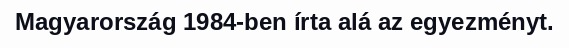
Magyarország 1984-ben írta alá az egyezményt.